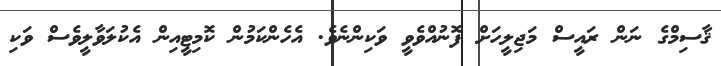
ޤާސިމްގެ ނަން ރައީސް މަޖިލީހަށް ފޮނުއްވެވީ ވަކިންނެވެ. އެހެންކަމުން ކޮމިޓީއިން އެކުލަވާލީވެސް ވަކި